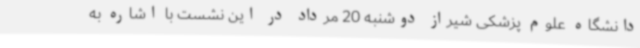
دانشگاه علوم پزشکی شیراز دوشنبه 20 مرداد در این نشست با اشاره به